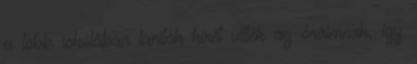
a több iskolában tanítók hírét vitték az óráimnak, így